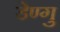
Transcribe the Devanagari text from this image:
डेण्गु